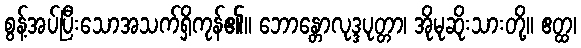
စွန့်အပ်ပြီးသောအသက်ရှိကုန်၏။ ဘောန္တောလုဒ္ဒပုတ္တာ၊ အိုမုဆိုးသားတို့။ ဧတ္ထ၊